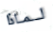
لماذا